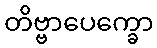
တိဗ္ဗာပေက္ခော